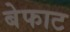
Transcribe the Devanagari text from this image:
बेफाट